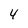
Character: 4